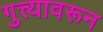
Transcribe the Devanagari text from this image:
गुत्त्यावरून